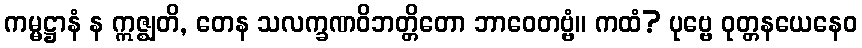
ကမ္မဋ္ဌာနံ န ဣဇ္ဈတိ, တေန သလက္ခဏဝိဘတ္တိတော ဘာဝေတဗ္ဗံ။ ကထံ? ပုဗ္ဗေ ဝုတ္တနယေနေဝ